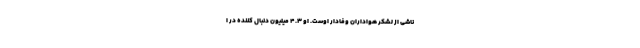
ناشی از لشکر هواداران وفادار اوست. او ۴.٣ میلیون دنبال کننده در ا